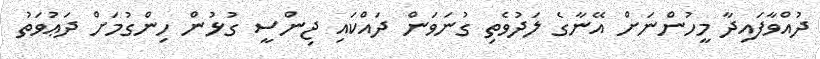
ދުއްވާފައިދާ މީހުންނަށް އޭނާގެ ލަދުވެތި ގުނަވަން ދައްކައި ޖިންސީ ގުޅުން ހިންގުމަށް ދަޢުވަތު